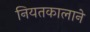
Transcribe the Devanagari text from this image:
नियतकालाने